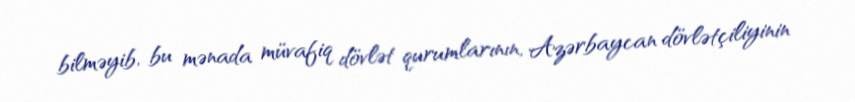
bilməyib, bu mənada müvafiq dövlət qurumlarının, Azərbaycan dövlətçiliyinin